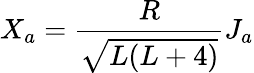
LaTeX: X_{a}=\frac{R}{\sqrt{L(L+4)}}J_{a}